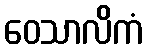
ဝေသာလိကံ